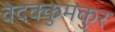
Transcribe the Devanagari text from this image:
वेदक्कुमकुर